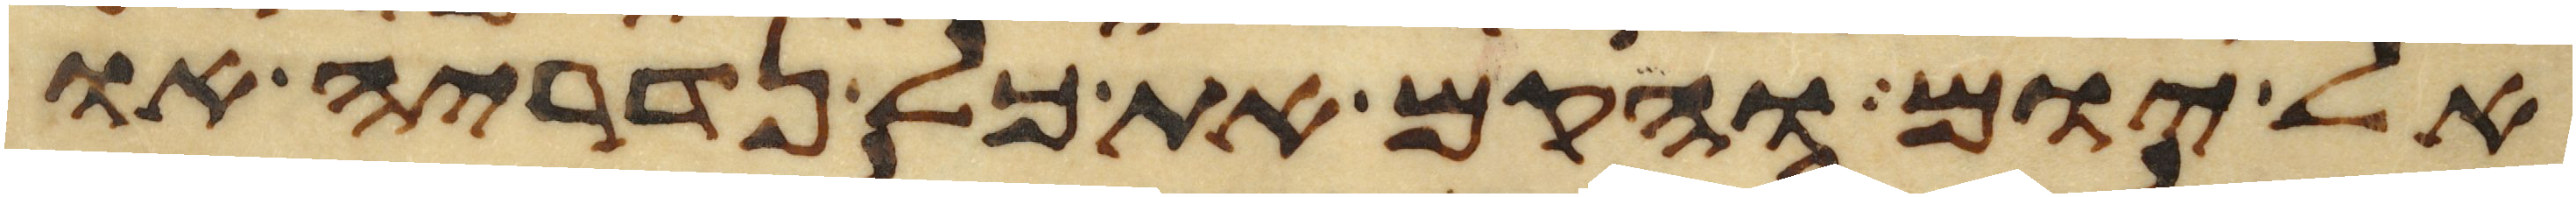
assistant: אל יום והקם את כל נדריה או